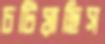
চটিয়াছিস